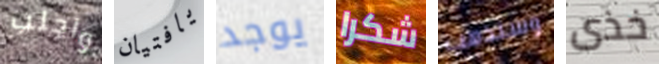
واجلب يافتيان يوجد شكرا وسنذهب خذى